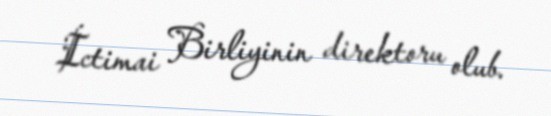
İctimai Birliyinin direktoru olub.